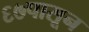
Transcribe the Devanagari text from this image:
६७पासून